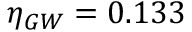
\eta _ { G W } = 0 . 1 3 3